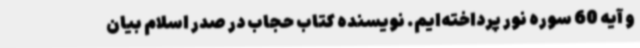
و آیه 60 سوره نور پرداخته‌ایم. نویسنده کتاب حجاب در صدر اسلام بیان